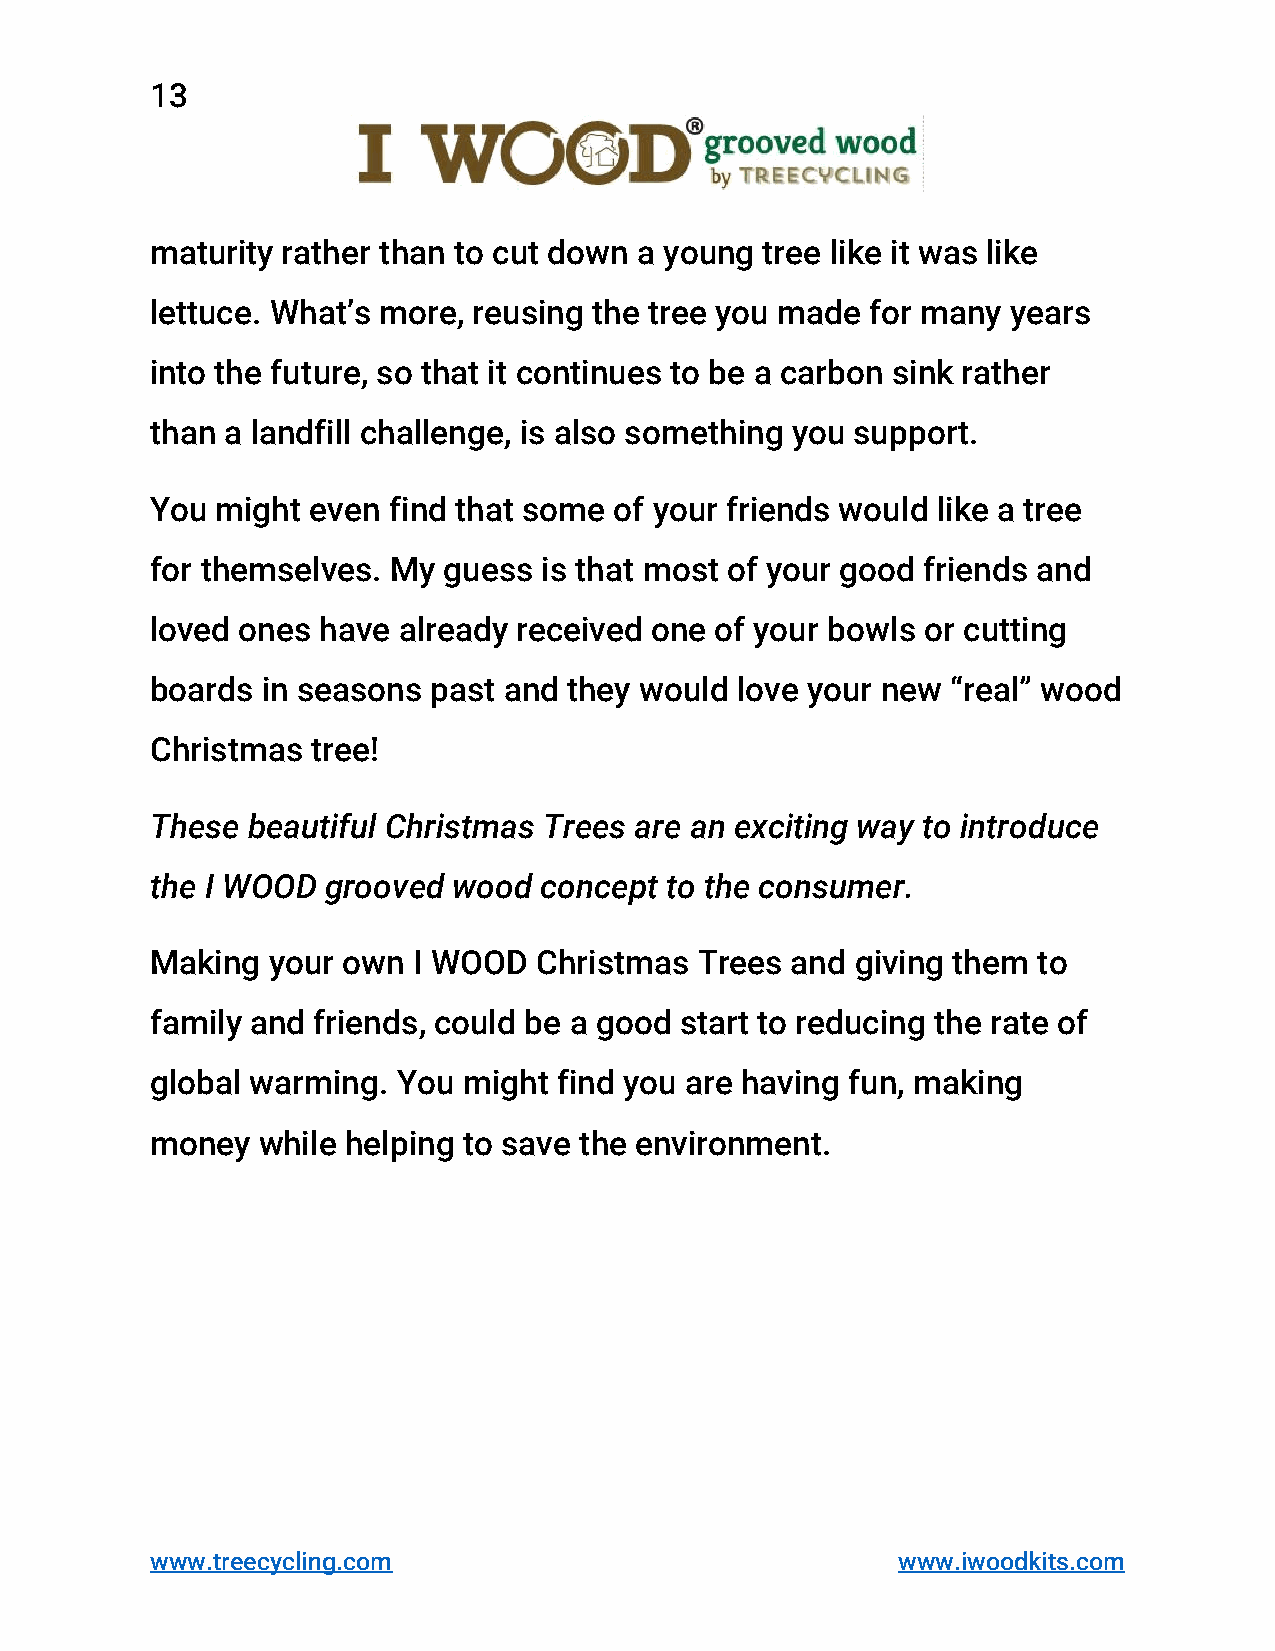
13
 maturity rather than to cut down a young tree like it was like
 lettuce. What’s more, reusing the tree you made for many years
 into the future, so that it continues to be a carbon sink rather
 than a landfill challenge, is also something you support.
 You might  even find that some of your friends would like a tree
 for themselves. My guess  is that most of your good friends and
 loved ones have already received one of your bowls or cutting
 boards in seasons past and  they would love your new “real” wood
 Christmas  tree!
 These beautiful Christmas Trees are an exciting way to introduce
 the I WOOD  grooved wood  concept to the consumer.
 Making  your own I WOOD   Christmas Trees and  giving them to
 family and friends, could be a good start to reducing the rate of
 global warming. You  might find you are having fun, making
 money  while helping to save the environment.
 www.treecycling.com                              www.iwoodkits.com